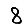
Digit: 8